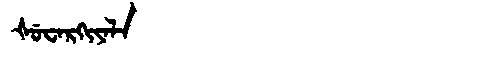
Manchu: ᡧᡠᠸᠠᡵᡴᡳᠶᠠᠯᠠ
Romanization: ŠUWARKIYALA